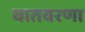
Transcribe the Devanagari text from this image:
वातवरणा